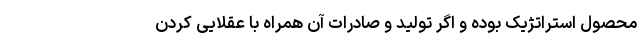
محصول استراتژیک بوده و اگر تولید و صادرات آن همراه با عقلایی کردن